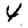
Digit: 4